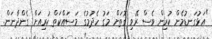
"އަޅުގަނޑުމެން ކުރިން ވެސް ރޭވި ގޮތަށް މަގު ހެދުމުގެ މަސައްކަތް ކުރިއަށް ގެންދާނަން.